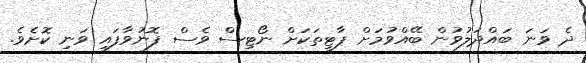
ދެ ވަނަ ބައްދަލުވުން ބޭއްވުމަށް ޕާޓީތަކަށް ނޯޓިސް ވެސް ފޮނުވާފައި ވަނި ކޮށެވެ.